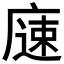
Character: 𱝇